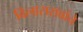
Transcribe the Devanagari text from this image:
विलासरावांचे